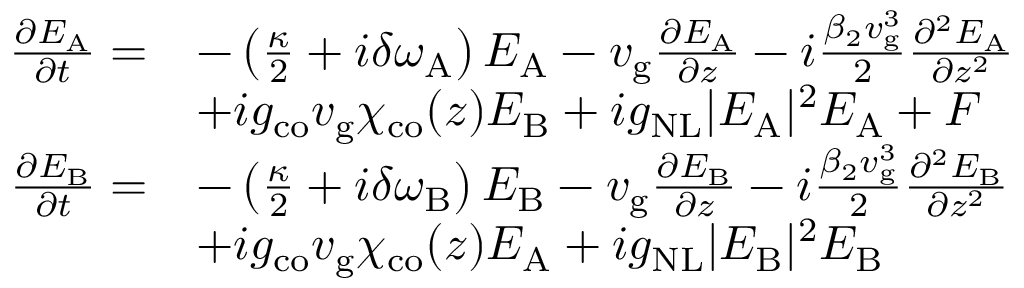
\begin{array} { r l } { \frac { \partial E _ { \mathrm { A } } } { \partial t } = } & { - \left( \frac { \kappa } { 2 } + i \delta \omega _ { \mathrm { A } } \right) E _ { \mathrm { A } } - v _ { \mathrm { g } } \frac { \partial E _ { \mathrm { A } } } { \partial z } - i \frac { \beta _ { 2 } v _ { \mathrm { g } } ^ { 3 } } { 2 } \frac { \partial ^ { 2 } E _ { \mathrm { A } } } { \partial z ^ { 2 } } } \\ & { + i g _ { \mathrm { c o } } v _ { \mathrm { g } } \chi _ { \mathrm { c o } } ( z ) E _ { \mathrm { B } } + i g _ { \mathrm { N L } } \vert E _ { \mathrm { A } } \vert ^ { 2 } E _ { \mathrm { A } } + F } \\ { \frac { \partial E _ { \mathrm { B } } } { \partial t } = } & { - \left( \frac { \kappa } { 2 } + i \delta \omega _ { \mathrm { B } } \right) E _ { \mathrm { B } } - v _ { \mathrm { g } } \frac { \partial E _ { \mathrm { B } } } { \partial z } - i \frac { \beta _ { 2 } v _ { \mathrm { g } } ^ { 3 } } { 2 } \frac { \partial ^ { 2 } E _ { \mathrm { B } } } { \partial z ^ { 2 } } } \\ & { + i g _ { \mathrm { c o } } v _ { \mathrm { g } } \chi _ { \mathrm { c o } } ( z ) E _ { \mathrm { A } } + i g _ { \mathrm { N L } } \vert E _ { \mathrm { B } } \vert ^ { 2 } E _ { \mathrm { B } } } \end{array}